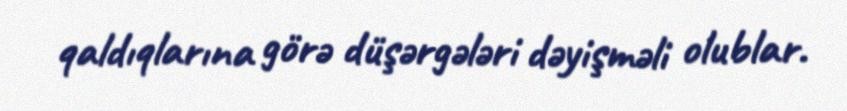
qaldıqlarına görə düşərgələri dəyişməli olublar.